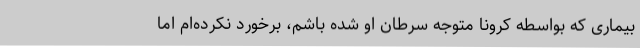
بیماری که بواسطه کرونا متوجه سرطان او شده باشم، برخورد نکرده‌ام اما